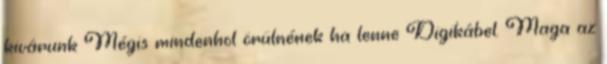
kivárunk Mégis mindenhol örülnének ha lenne Digikábel. Maga az